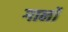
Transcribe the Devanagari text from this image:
गार्नो